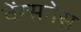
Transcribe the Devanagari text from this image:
वेंग्सनेस